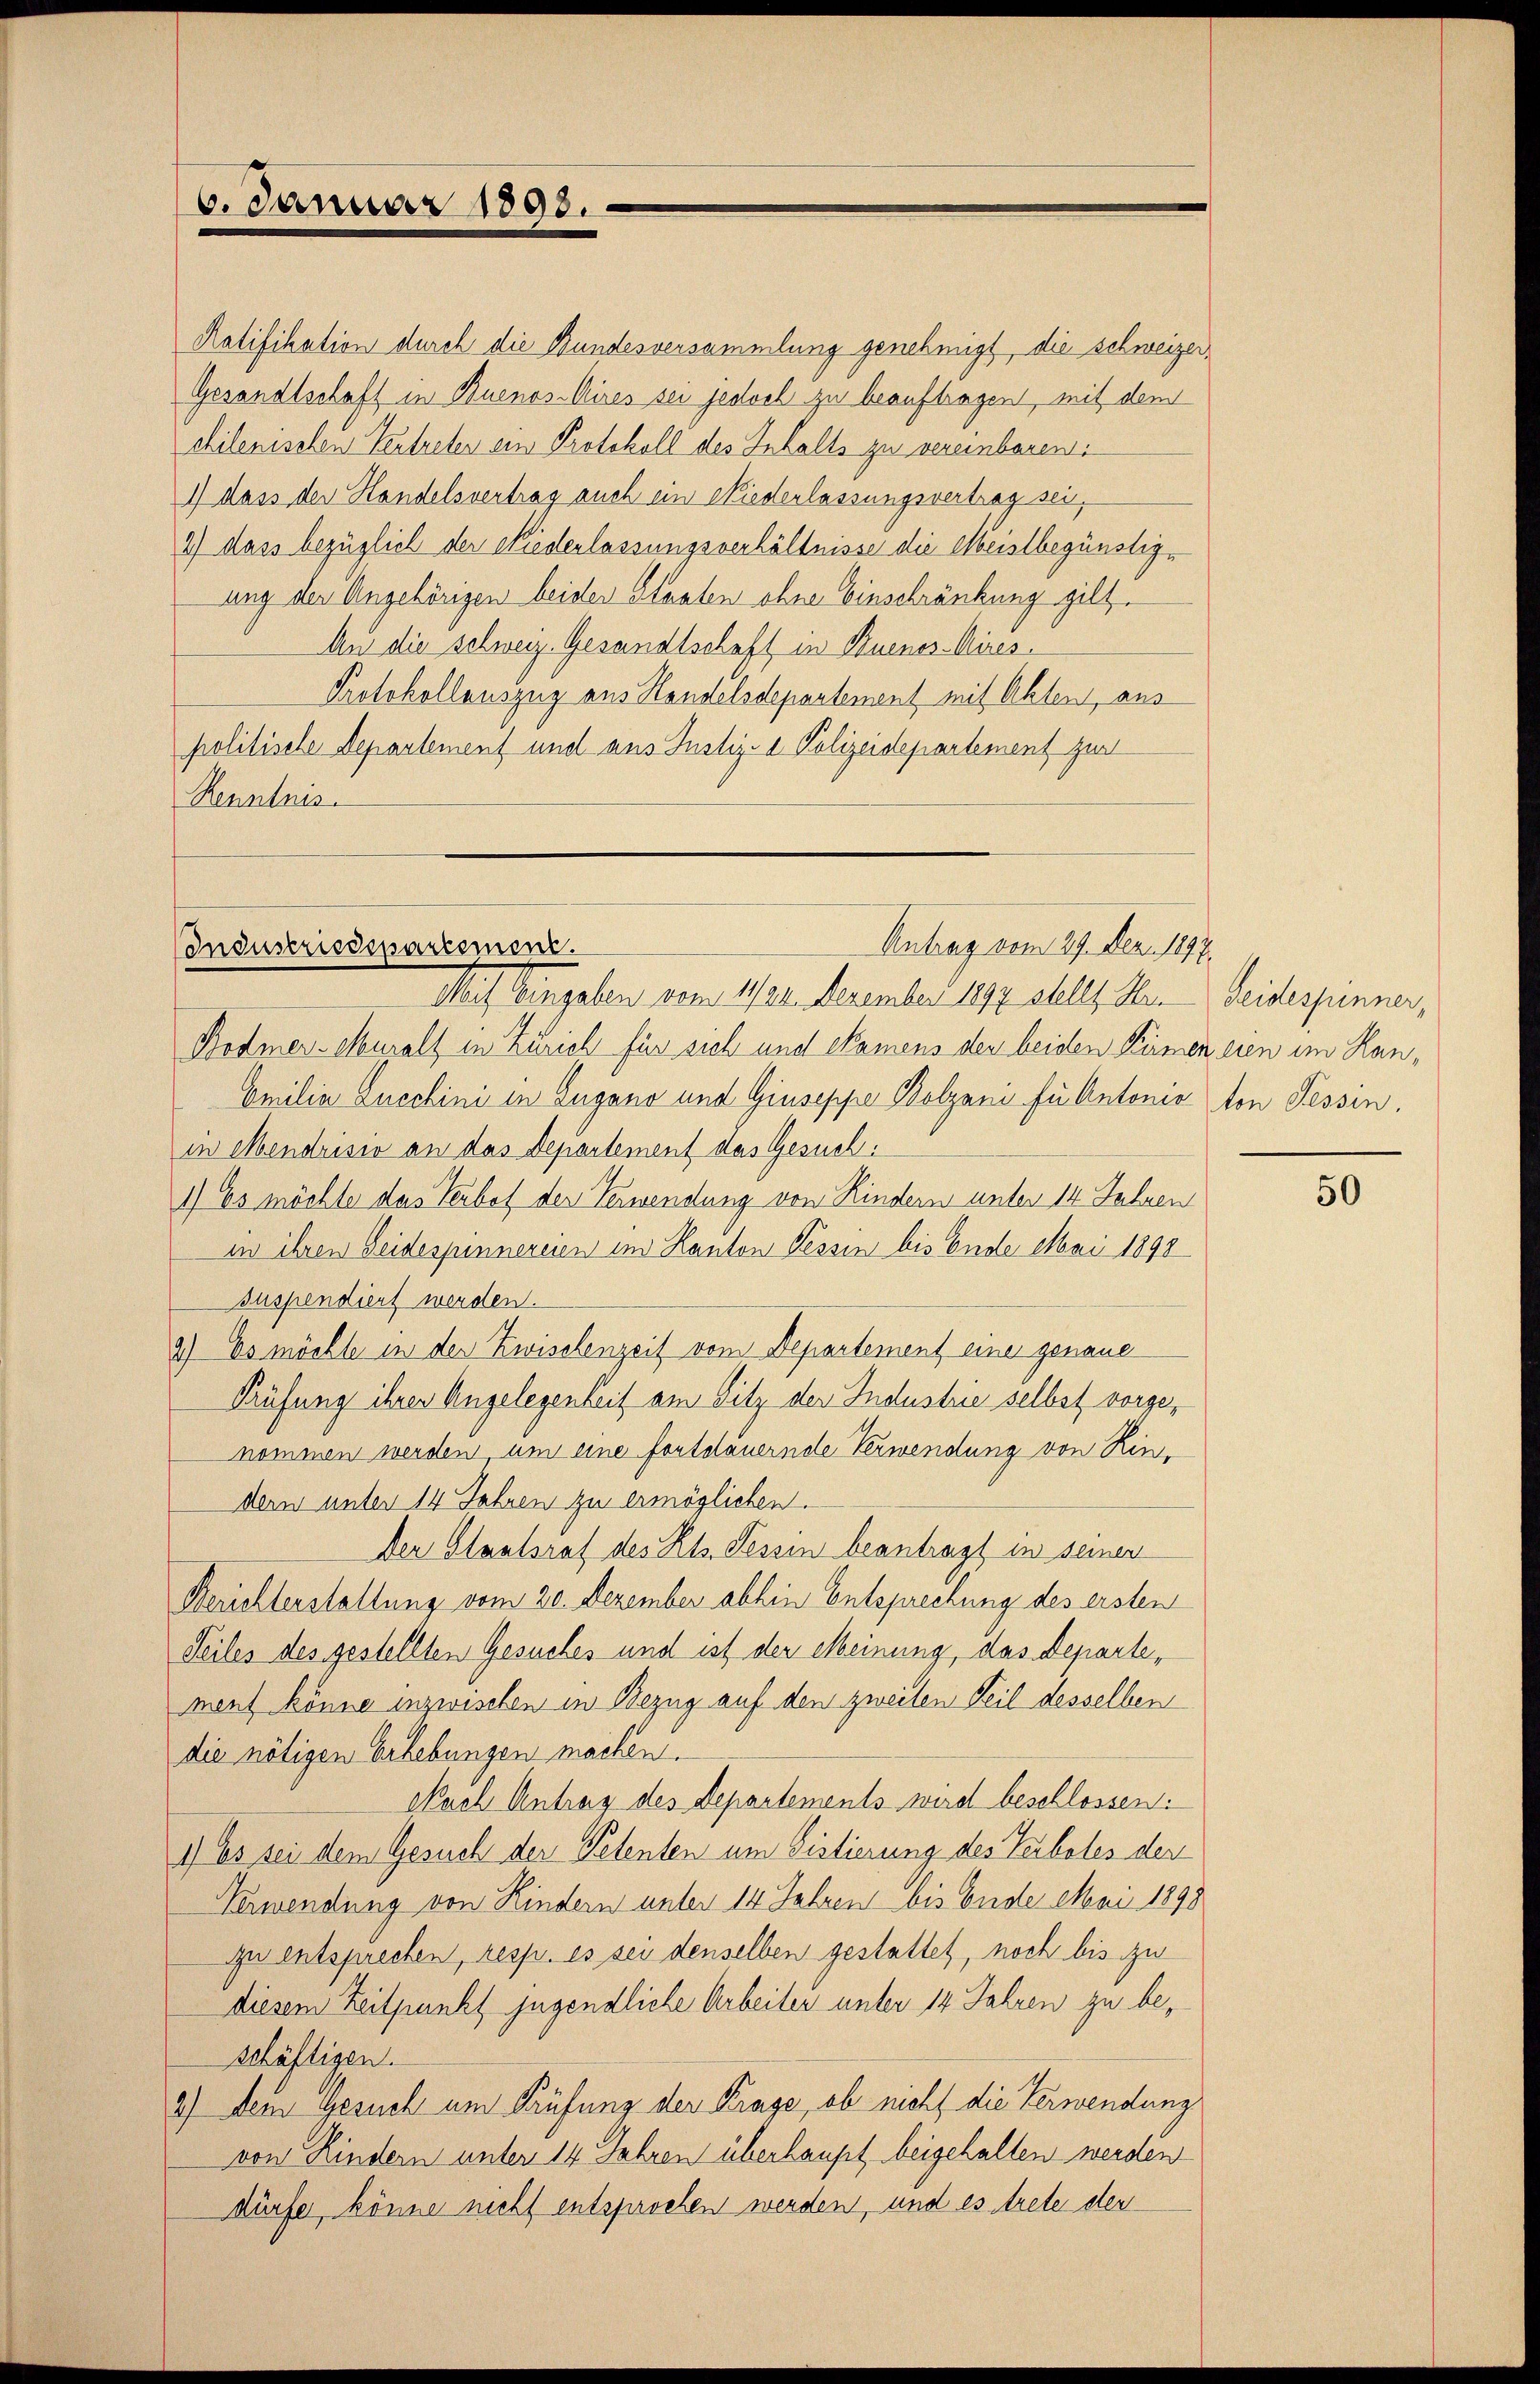
6. Januar 1890.

Ratifikation durch die Bundesversammlung genehmigt, die schweizer¬
Gesandtschaft in Buenos-Aires sei jedoch zu beauftragen, mit dem
chilenischen Vertreten ein Protokoll des Inhalts zu vereinbaren:
1) dass der Handelsvertrag auch ein Niederlassungsvertrag sei,
2) dass bezüglich der Niederlassungsverhältnisse die Meistbegünstigung der Angehörigen beider Staaten ohne Einschränkung gilt
An die schweiz. Gesandtschaft in Buenos-Aires.
Protokollauszug aus Handelsdepartement mit Akten, aus
politische Departement und aus Justiz- & Polizeidepartement zur
Renntnis

Antrag vom 29. Dez. 1897.
Industriedepartement.
Muf Eingaben vom 11/22. Dezember 1897 alles. Hr. Seidespinner,

Bodmer-Muralt in Zürich für sich und kamens den beiden Sinnen eien im Han¬
Amilia Lucchini in Zugano und Giuseppe Bolzani für Antonio ton Tessin,
in Mendrisio an das Departement das Gesuch:
1) Es möchte das Verbot der Verwendung von Kindern unter 14 Jahren
in ihren Seidespinnereien im Kanton Tessin bis Ende Mai 1898
suspendiert werden.
2) Es möchte in der Zwischenzeit vom Departement einer genaue
Prüfung ihren Angelegenheit am Sitz der Industrie selbst vorgenommen werden um eine fortdauernde Verwendung von Rindern unter 14 Jahren zu ermöglichen.
Der Staatsrat des Kts. Tessin beantragt in seinen
Berichterstaltung vom 20. Dezember abhin Entsprechung des ersten
Seiles des gestellten Gesuches und ist der Meinung, das Departement könne inzwischen in Bezug auf den zweiten Teil desselben
die nötigen Erhebungen machen.
Nach Antrag des Departements wird beschlossen:
1) Es sei dem Gesuch der Petenten um Fistierung des Teiboles der
Verwendung von Kindern unter 14 Jahren bis Ende Mai 1898
zu entsprechen, resp. es sei denselben gestattet, noch bis zu
diesem Zeitpunkt jugendliche Arbeiter unter 14 Jahren zu beschäftigen.
2.) Dem Gesuch um Prüfung der Krage, ob nicht die Verwendung
von Kindern unter 14 Jahren überhaupt beigehalten werden
dürfe, könne nicht entsprochen werden, und es trete der

50